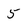
Character: 5